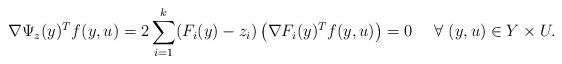
LaTeX: \begin{align*}\nabla \Psi_z(y)^T f(y,u)= 2\sum_{i=1}^k (F_i(y)-z_i)\left(\nabla F_i(y)^T f(y,u)\right)= 0\ \ \ \ \forall \ (y,u)\in Y\times U.\end{align*}